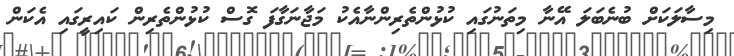
މިސާލަކަށް ބުނެބަލަ އޭނާ މިތަނުގައި ކުޅުންތެރިންނާއެކު މަޖާނަގާފަ ގޮސް ކުޅުންތެރިން ކައިރީގައި އެކަން